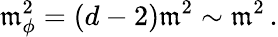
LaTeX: \mathfrak{m}_{\phi}^{2}=(d-2)\mathfrak{m}^{2}\sim\mathfrak{m}^{2}\, .